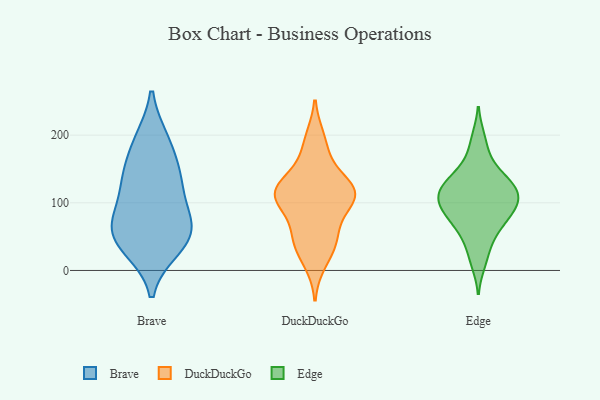
{"axis": {"x": "Budget (USD K)", "y": "Value"}, "legend": ["Brave", "DuckDuckGo", "Edge"], "data": [{"x": "", "y": 110, "type": "Brave"}, {"x": "", "y": 193, "type": "Brave"}, {"x": "", "y": 33, "type": "Brave"}, {"x": "", "y": 53, "type": "Brave"}, {"x": "", "y": 192, "type": "Brave"}, {"x": "", "y": 57, "type": "Brave"}, {"x": "", "y": 82, "type": "Brave"}, {"x": "", "y": 141, "type": "Brave"}, {"x": "", "y": 73, "type": "Brave"}, {"x": "", "y": 32, "type": "Brave"}, {"x": "", "y": 136, "type": "Brave"}, {"x": "", "y": 59, "type": "Brave"}, {"x": "", "y": 144, "type": "Brave"}, {"x": "", "y": 194, "type": "DuckDuckGo"}, {"x": "", "y": 145, "type": "DuckDuckGo"}, {"x": "", "y": 115, "type": "DuckDuckGo"}, {"x": "", "y": 111, "type": "DuckDuckGo"}, {"x": "", "y": 46, "type": "DuckDuckGo"}, {"x": "", "y": 116, "type": "DuckDuckGo"}, {"x": "", "y": 63, "type": "DuckDuckGo"}, {"x": "", "y": 107, "type": "DuckDuckGo"}, {"x": "", "y": 117, "type": "DuckDuckGo"}, {"x": "", "y": 101, "type": "DuckDuckGo"}, {"x": "", "y": 182, "type": "DuckDuckGo"}, {"x": "", "y": 121, "type": "DuckDuckGo"}, {"x": "", "y": 112, "type": "DuckDuckGo"}, {"x": "", "y": 48, "type": "DuckDuckGo"}, {"x": "", "y": 36, "type": "DuckDuckGo"}, {"x": "", "y": 13, "type": "DuckDuckGo"}, {"x": "", "y": 138, "type": "Edge"}, {"x": "", "y": 118, "type": "Edge"}, {"x": "", "y": 118, "type": "Edge"}, {"x": "", "y": 11, "type": "Edge"}, {"x": "", "y": 82, "type": "Edge"}, {"x": "", "y": 96, "type": "Edge"}, {"x": "", "y": 113, "type": "Edge"}, {"x": "", "y": 110, "type": "Edge"}, {"x": "", "y": 139, "type": "Edge"}, {"x": "", "y": 103, "type": "Edge"}, {"x": "", "y": 196, "type": "Edge"}, {"x": "", "y": 65, "type": "Edge"}, {"x": "", "y": 168, "type": "Edge"}, {"x": "", "y": 35, "type": "Edge"}, {"x": "", "y": 91, "type": "Edge"}, {"x": "", "y": 58, "type": "Edge"}, {"x": "", "y": 81, "type": "Edge"}, {"x": "", "y": 133, "type": "Edge"}]}